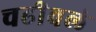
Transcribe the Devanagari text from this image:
चढीवलं